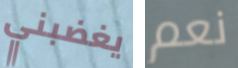
يغضبني نعم